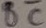
Text: BC